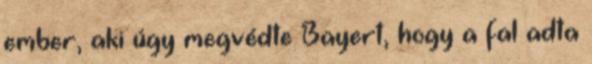
ember, aki úgy megvédte Bayert, hogy a fal adta